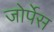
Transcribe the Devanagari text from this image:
जोर्पेस